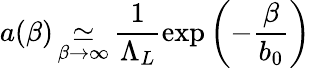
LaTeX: a(\beta)\mathop\simeq_{\beta\to\infty}\frac{1}{\Lambda_{L}}\exp\left(-\frac{\beta}{b_{0}}\right)